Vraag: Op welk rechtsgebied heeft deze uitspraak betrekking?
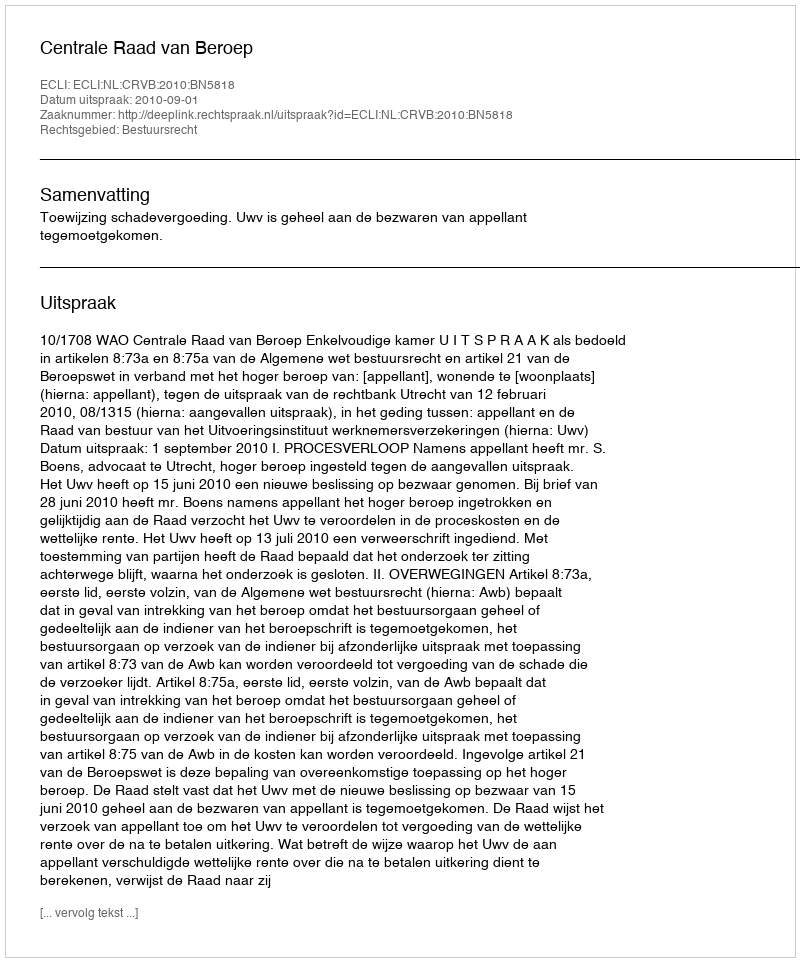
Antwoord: Bestuursrecht